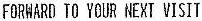
FORWARD TO YOUR NEXT VISIT